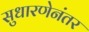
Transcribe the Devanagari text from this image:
सुधारणेनंतर